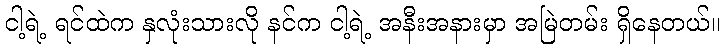
ငါ့ရဲ့ ရင်ထဲက နှလုံးသားလို နင်က ငါ့ရဲ့ အနီးအနားမှာ အမြဲတမ်း ရှိနေတယ်။